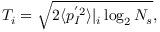
\begin{array} { r } { T _ { i } = \sqrt { 2 \langle p _ { I } ^ { ' 2 } \rangle \vert _ { i } \log _ { 2 } N _ { s } } , } \end{array}